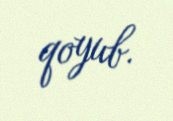
qoyub.